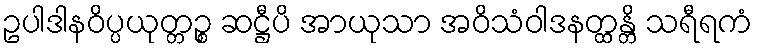
ဥပါဒါနဝိပ္ပယုတ္တဉ္စ ဆဋ္ဌီပိ အာယုသာ အဝိသံဝါဒနတ္ထန္တိ သရီရကံ